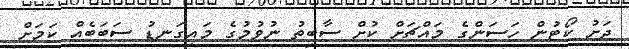
ދަށު ކޯޓުން ހަސަންގެ މައްޗަށް ކުށް ސާބިތު ނުވުމުގެ މައިގަނޑު ސަބަބެއް ކަމަށް